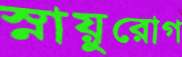
স্নায়ুরোগ